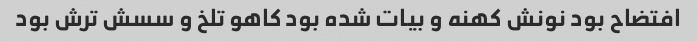
افتضاح بود نونش کهنه و بیات شده بود کاهو تلخ و سسش ترش بود